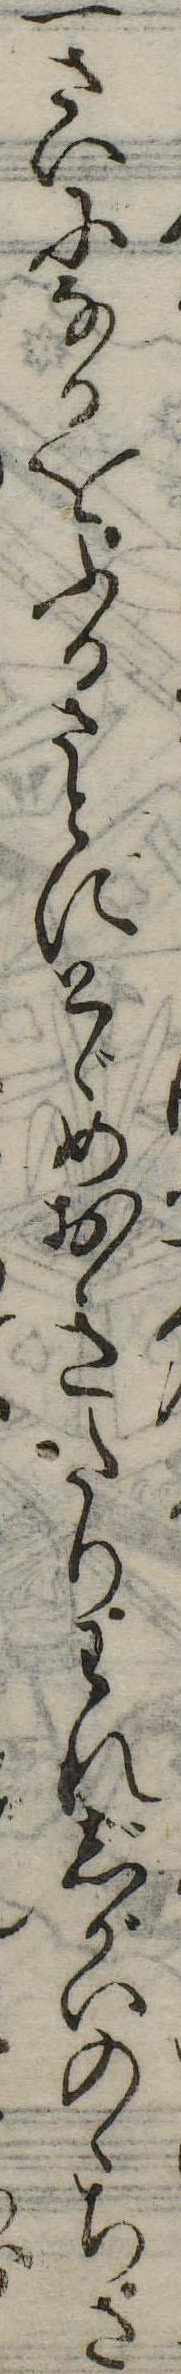
一さいになるをふるさとにとゞめおきたりわれじがいのゝちさ